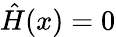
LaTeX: {\hat{H}}(x)=0